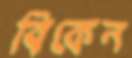
বিকেন